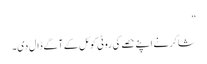
”
شاکر نے اپنے حصے کی روٹی کوئل کے آگے ڈال دی۔